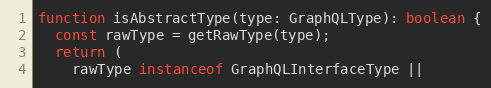
Language: JavaScript
function isAbstractType(type: GraphQLType): boolean {
  const rawType = getRawType(type);
  return (
    rawType instanceof GraphQLInterfaceType ||